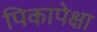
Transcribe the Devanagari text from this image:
पिकापेक्षा